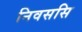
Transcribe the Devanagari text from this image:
निवससि